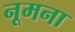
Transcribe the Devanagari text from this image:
नूमना